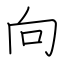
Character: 向